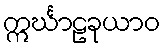
ဣင်္ဃာဠခုယာဝ